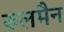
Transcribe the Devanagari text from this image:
रुलमैन